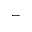
-